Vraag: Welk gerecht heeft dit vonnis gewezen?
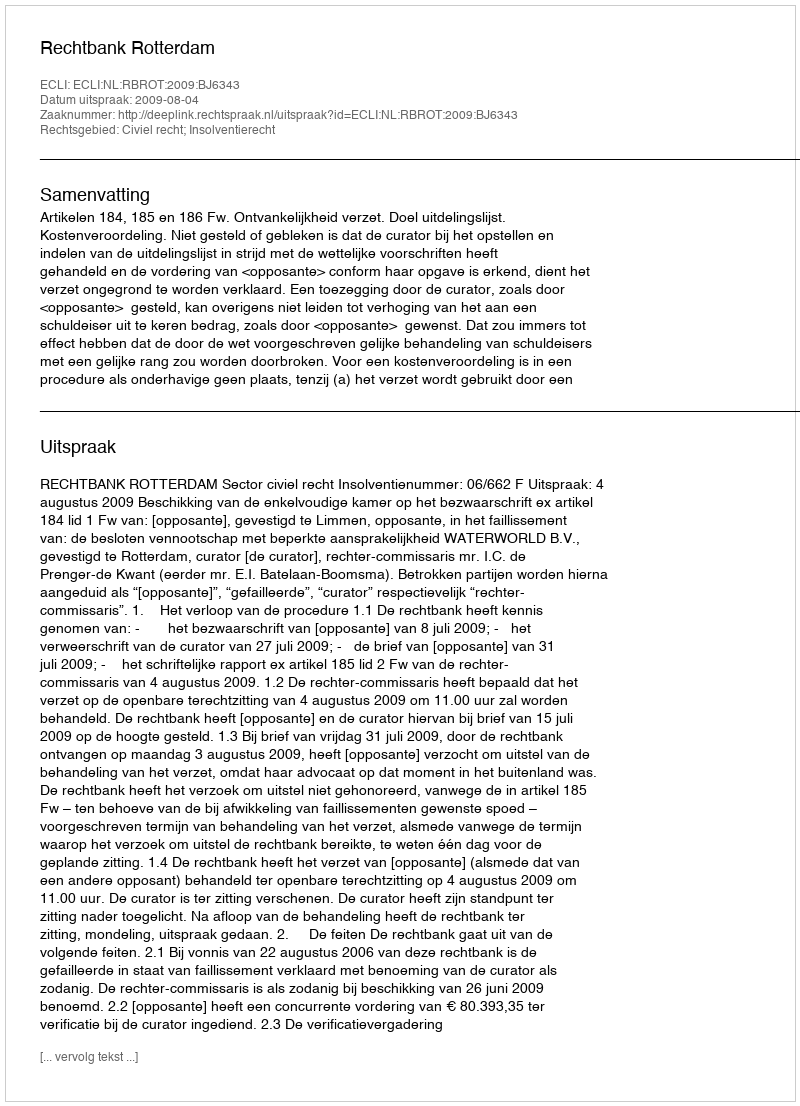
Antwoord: Rechtbank Rotterdam